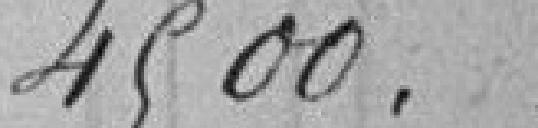
4.500